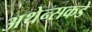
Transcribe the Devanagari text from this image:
अथेन्सकडे